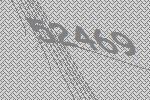
52469